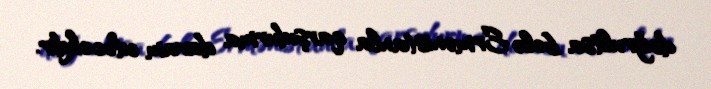
doğrultsa belə Ermənistanla qarşıdurma davam edəcəkdir.